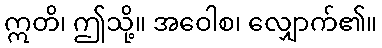
ဣတိ၊ ဤသို့။ အဝေါစ၊ လျှောက်၏။